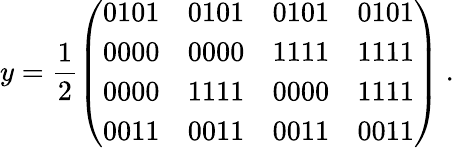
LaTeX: y=\frac{1}{2}\left(\begin{array}{cccc}{{0101}}&{{0101}}&{{0101}}&{{0101}}\\ {{0000}}&{{0000}}&{{1111}}&{{1111}}\\ {{0000}}&{{1111}}&{{0000}}&{{1111}}\\ {{0011}}&{{0011}}&{{0011}}&{{0011}}\end{array}\right)\ .